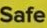
Safe